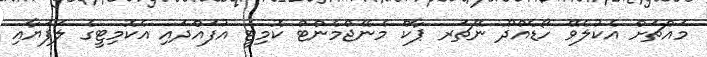
މައްޗަށް އެކުލެވޭ ހޯޑެއްދޫ ނޭޗަރ ޕާކް މެނޭޖްމެންޓް ކޮމިޓީ އުފައްދައި އެކޮމިޓީގެ ލަފަޔާއި